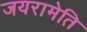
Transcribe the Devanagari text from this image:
जयरामेति